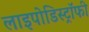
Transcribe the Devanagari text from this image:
लाइपोडिस्ट्रॉफी